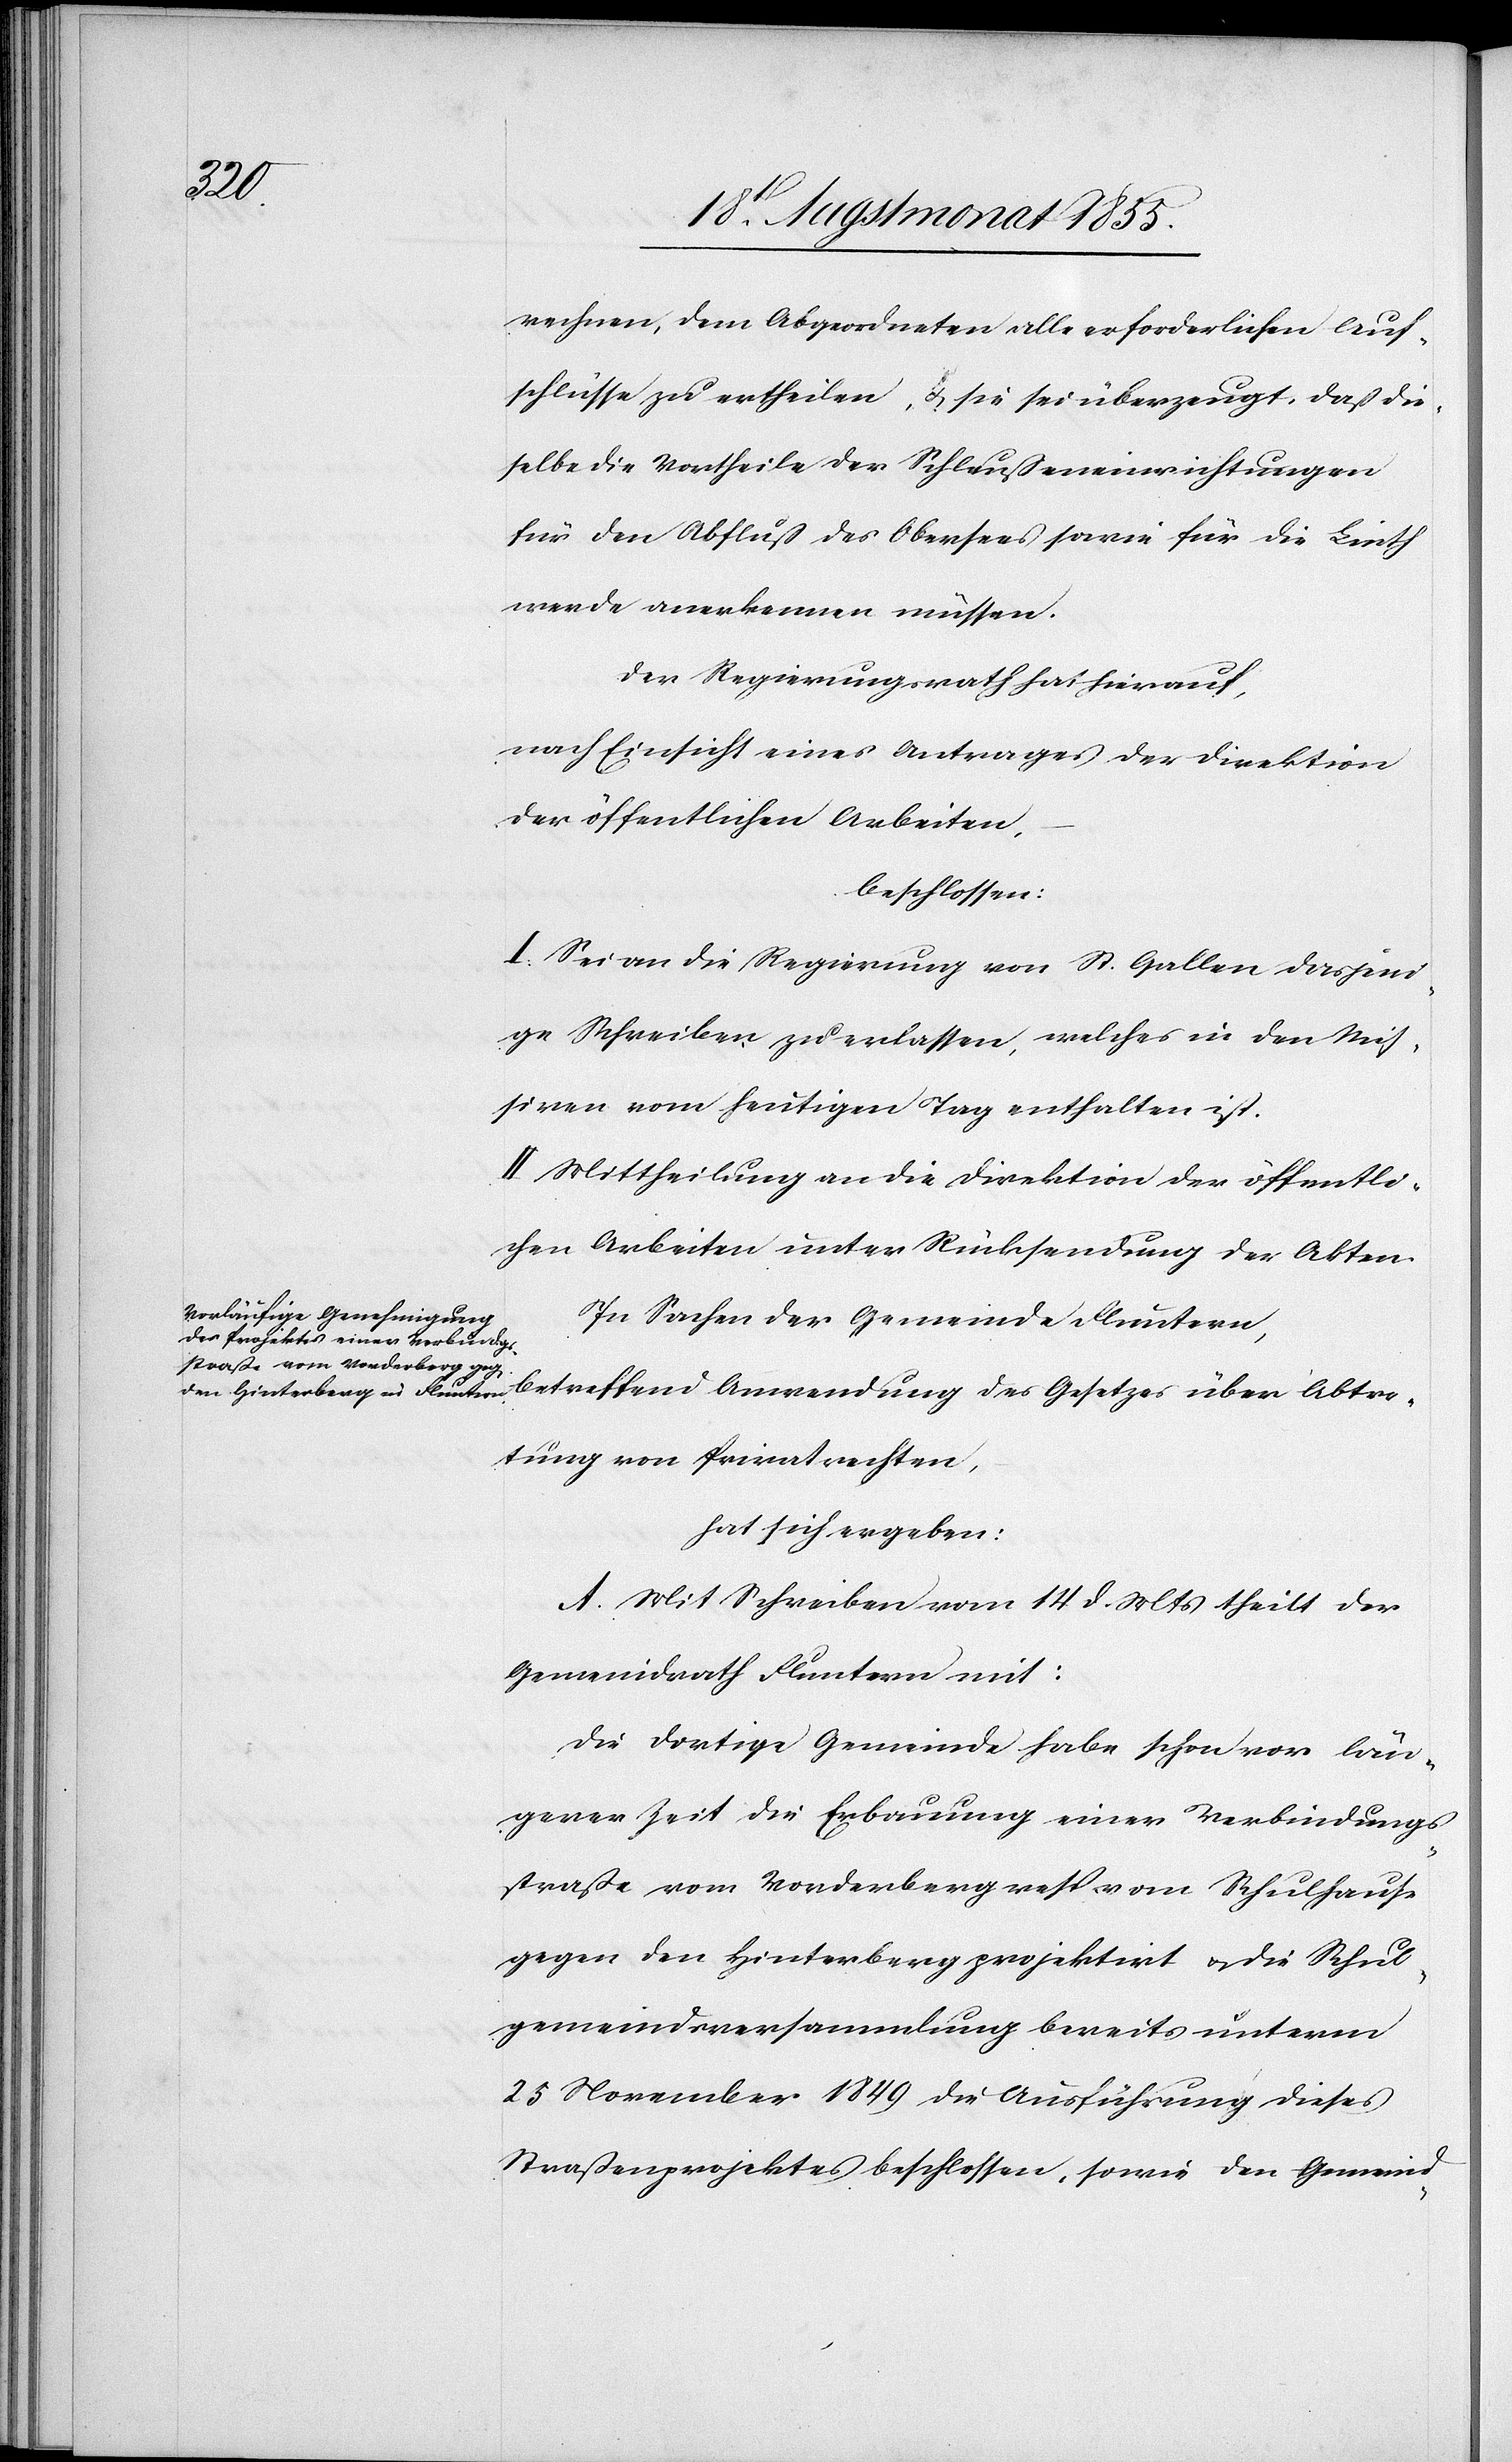
rechnen, dem Abgeordneten alle erforderlichen Auf¬
schlüsse zu ertheilen, & sie sei überzeugt, daß die¬
selbe die Vortheile der Schleußeneinrichtungen
für den Abfluß des Obersees sowie für die Linth
werde anerkennen müssen.
Der Regierungsrath hat hierauf,
nach Einsicht eines Antrages der Direktion
der öffentlichen Arbeiten,
beschlossen:
I. Sei an die Regierung von St. Gallen dasjeni¬
ge Schreiben zu erlassen, welches in den Mis¬
siven vom heutigen Tag enthalten ist.
II. Mittheilung an die Direktion der öffentli¬
chen Arbeiten unter Rücksendung der Akten.
In Sachen der Gemeinde Fluntern,
betreffend Anwendung des Gesetzes über Abtre¬
tung von Privatrechten,
hat sich ergeben:
A. Mit Schreiben vom 14 d. Mts theilt der
Gemeindrath Fluntern mit:
Die dortige Gemeinde habe schon vor län¬
gerer Zeit die Erbauung einer Verbindungs¬
straße vom Vorderberg resp. vom Schulhause
gegen den Hinterberg projektirt & die Schul¬
gemeindsversammlung bereits unterm
25 November 1849 die Ausführung dieses
Straßenprojektes beschlossen, sowie den Gemeind-